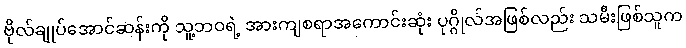
ဗိုလ်ချုပ်အောင်ဆန်းကို သူ့ဘဝရဲ့ အားကျစရာအကောင်းဆုံး ပုဂ္ဂိုလ်အဖြစ်လည်း သမီးဖြစ်သူက